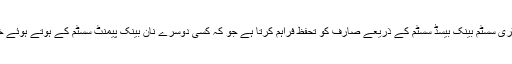
موجودہ ریگولیٹری سسٹم بینک بیسڈ سسٹم کے ذریعے صارف کو تحفظ فراہم کرتا ہے جو کہ کسی دوسرے نان بینک پیمنٹ سسٹم کے ہوتے ہوئے ختم ہو سکتا ہے۔